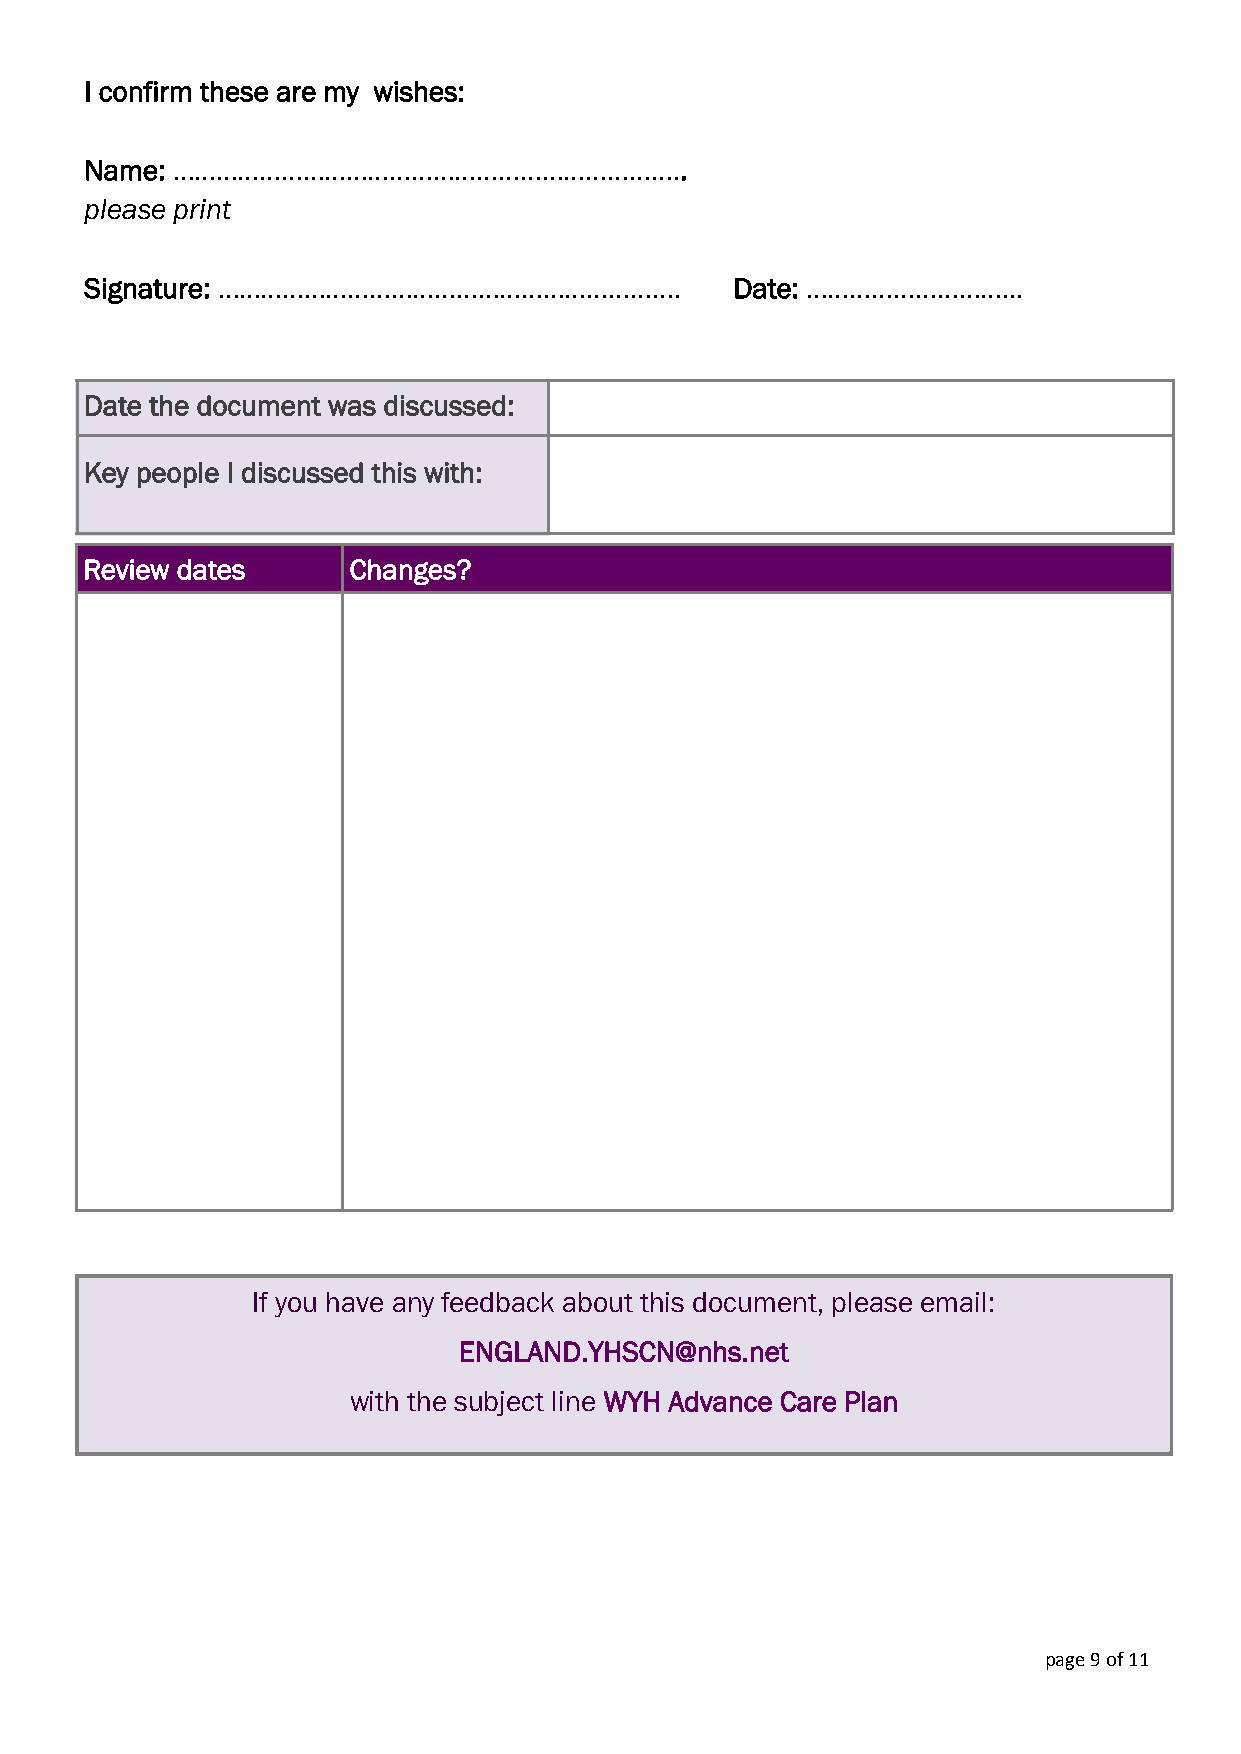
I confirm these are my wishes:
 Name: ……………………………………………………………..
 please print
 Signature: ……………………………………………………….          Date: ………………………...
 Date the document was discussed:
 Key people I discussed this with:
 Review dates     Changes?
 If you have any feedback about this document, please email:
 ENGLAND.YHSCN@nhs.net
 with the subject line WYH Advance Care Plan
 page 9 of 11